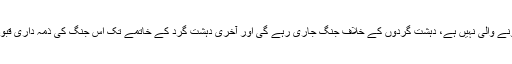
صوبائی وزیر اطلاعات میاں افتخار حسین کاکہنا ہے:”حکومت ان دھمکیوں سے مرعوب ہونے والی نہیں ہے، دہشت گردوں کے خلاف جنگ جاری رہے گی اور آخری دہشت گرد کے خاتمے تک اس جنگ کی ذمہ داری قبول کر رہے ہیں، چاہے دہشت گرد ہمارے بچوں، خواتین اور نوجوانوں کو نشانہ بناتے رہیں۔